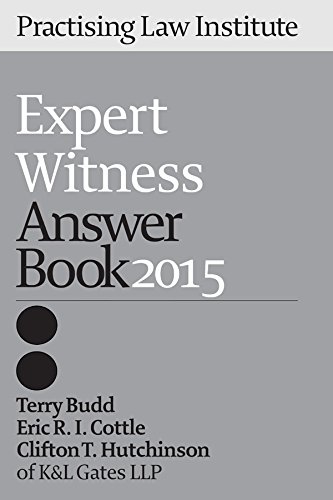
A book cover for Expert Witness Answer Book 2015; Terry Budd; Law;